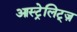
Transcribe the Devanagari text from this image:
आस्ट्रेलिट्ज़